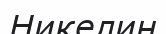
Никелин